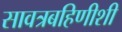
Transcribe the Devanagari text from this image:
सावत्रबहिणीशी